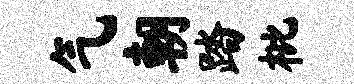
气朝踏枇